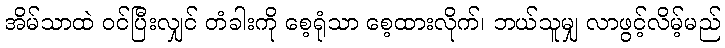
အိမ်သာထဲ ဝင်ပြီးလျှင် တံခါးကို စေ့ရုံသာ စေ့ထားလိုက်၊ ဘယ်သူမျှ လာဖွင့်လိမ့်မည်